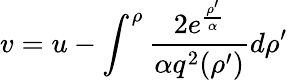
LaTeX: v=u-\int_{}^{\rho}{\frac{2e^{\frac{\rho^{\prime}}{\alpha}}}{\alpha q^{2}(\rho^{\prime})}}d\rho^{\prime}